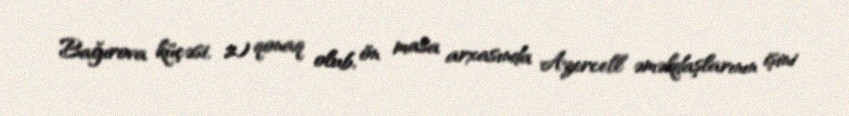
Bağırova küçəsi, 2) qonaq olub, ön masa arxasında Azercell əməkdaşlarının işini